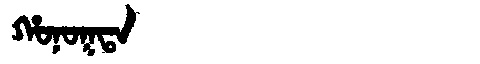
Manchu: ᡥᠣᠨᠣᡴᡨᠠ
Romanization: HONOKTA